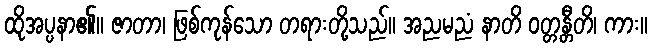
ထိုအပ္ပနာ၏။ ဇာတာ၊ ဖြစ်ကုန်သော တရားတို့သည်။ အညမညံ နာတိ ဝတ္တန္တီတိ၊ ကား။